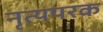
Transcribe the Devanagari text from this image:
नृत्यपरक